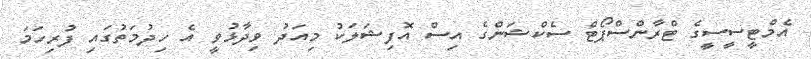
އެމްޓީސީސީގެ ޓްރާންސްޕޯޓް ސެކްޝަންގެ އިސް އޮފިޝަލަކު މިއަދު ވިދާޅުވީ އެ ހިދުމަތުގައި ފުރިހަމަ